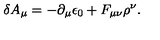
\delta A _ { \mu } = - { \partial _ { \mu } \epsilon _ { 0 } } + F _ { \mu \nu } \rho ^ { \nu } .